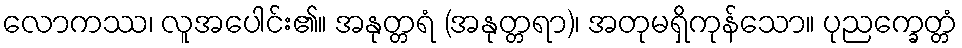
လောကဿ၊ လူအပေါင်း၏။ အနုတ္တရံ (အနုတ္တရာ)၊ အတုမရှိကုန်သော။ ပုညက္ခေတ္တံ